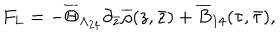
LaTeX: F _ { L } = - \overline { { { \Theta } } } _ { \Lambda _ { 2 4 } } \partial _ { \bar { z } } \overline { { { \rho } } } ( z , \bar { z } ) + \overline { { { B } } } _ { 1 4 } ( \tau , \bar { \tau } ) ,